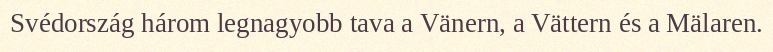
Svédország három legnagyobb tava a Vänern, a Vättern és a Mälaren.